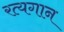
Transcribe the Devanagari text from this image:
रत्यगान